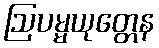
ဩပမ္မယုတ္တေန